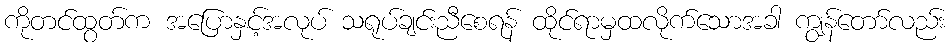
ကိုတင်ထွတ်က အပြောနှင့်အလုပ် သရုပ်ချင်းညီစေရန် ထိုင်ရာမှထလိုက်သောအခါ ကျွန်တော်လည်း